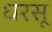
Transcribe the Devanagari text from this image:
धरसू